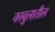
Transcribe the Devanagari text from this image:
काबुलातील